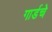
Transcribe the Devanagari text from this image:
गार्डचे